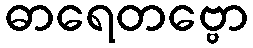
ဓာရေတဗ္ဗော